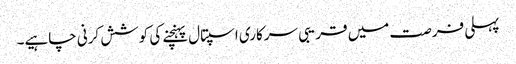
پہلی فرصت میں قریبی سرکاری اسپتال پہنچنے کی کوشش کرنی چاہیے۔